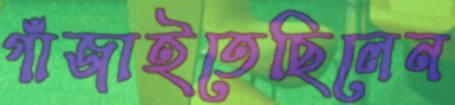
গাঁজাইতেছিলেন